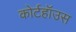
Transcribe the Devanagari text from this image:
कोर्टहॉउस